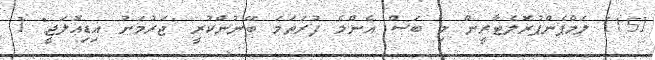
[15] ލަމްޕެންޕުރޮލެޓާރީން މި ބަސް އެންމެ ފުރަތަމަ ބޭނުންކުރީ "ޖަރުމަނު އިޑިއޮލަޖީ" [